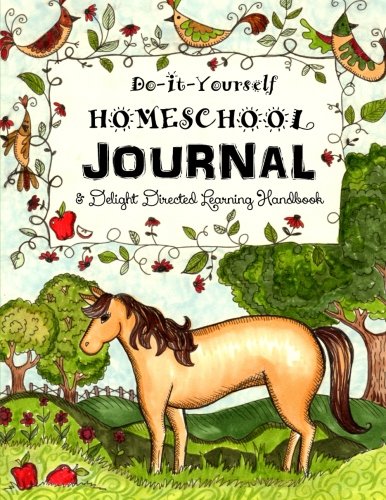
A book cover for Do It Yourself Homeschool Journal: & Delight Directed Learning Handbook (Home Learning Guides) (Volume 1); Sarah Janisse Brown; Education & Teaching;